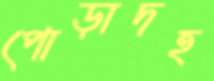
পোড়াদহ